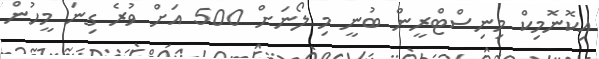
އިކޮނޮމިކް މިނިސްޓްރީން ބުނީ މި ލޯނަށް 500 އަށް ވުރެ ގިނަ މީހުން